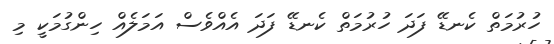
ހުރުމަތް ކެނޑޭ ފަދަ ހުރުމަތް ކެނޑޭ ފަދަ އެއްވެސް އަމަލެއް ހިންގުމަކީ މި